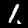
Label: 1